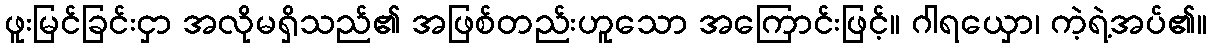
ဖူးမြင်ခြင်းငှာ အလိုမရှိသည်၏ အဖြစ်တည်းဟူသော အကြောင်းဖြင့်။ ဂါရယှော၊ ကဲ့ရဲ့အပ်၏။